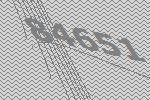
84651